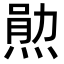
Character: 𬊫